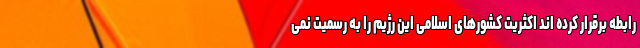
رابطه برقرار کرده اند اکثریت کشورهای اسلامی این رژیم را به رسمیت نمی